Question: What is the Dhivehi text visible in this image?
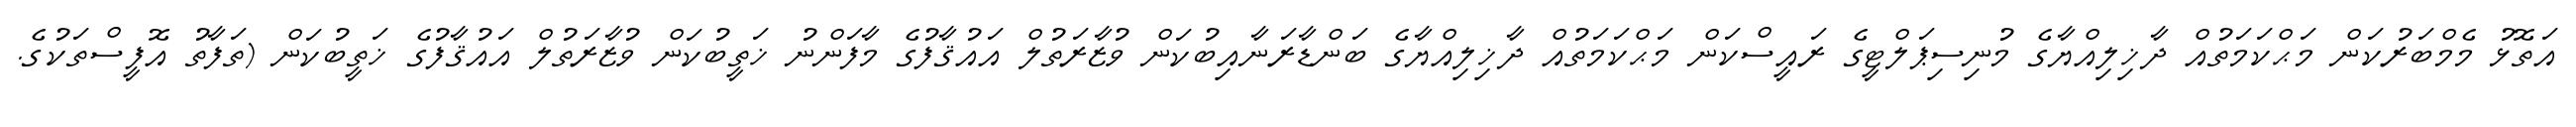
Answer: އަތޮޅު މެމްބަރުކަން މަޙްކަމަތުއް ދާޚިލިއްޔާގެ މުނިސިޕަލްޓީގެ ރައީސްކަން މަޙްކަމަތުއް ދާޚިލިއްޔާގެ ބަންޑާރަނާއިބުކަން ވުޒާރަތުލް އައުޤާފުގެ މާފަންނު ޚަތީބުކަން ވުޒާރަތުލް އައުޤާފުގެ ޚަތީބުކަން (ތަފާތު އޮފީސްތަކުގެ.